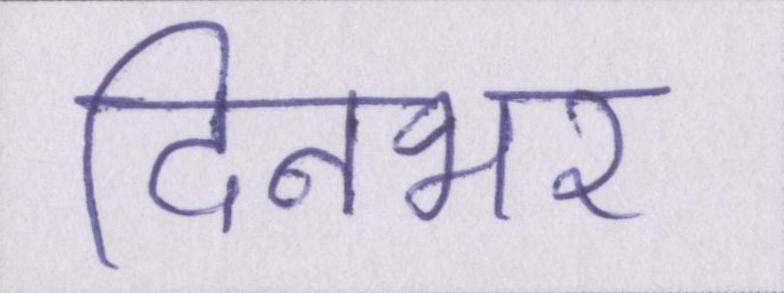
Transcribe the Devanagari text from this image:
दिनभर